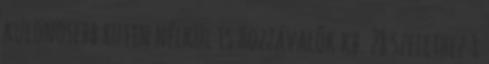
különösebb rutin nélkül is Hozzávalók kb. 28 szelethez 1